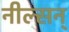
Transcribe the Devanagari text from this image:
नील्सन्